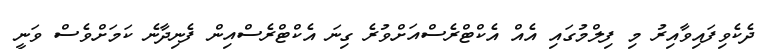
ދެކެވިފައިވާއިރު މި ފިލްމުގައި އެއް އެކްޓްރެސްއަށްވުރެ ގިނަ އެކްޓްރެސްއިން ފެނިދާނެ ކަމަށްވެސް ވަނީ